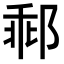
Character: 𨛽